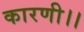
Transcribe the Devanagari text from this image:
कारणी।।